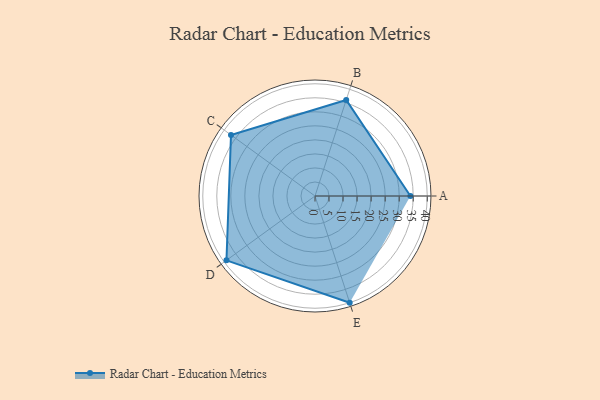
{"axis": {"x": "Skill", "y": "Score"}, "legend": ["Profile"], "data": [{"x": "A", "y": 34.0, "type": "Profile"}, {"x": "B", "y": 36.0, "type": "Profile"}, {"x": "C", "y": 37.0, "type": "Profile"}, {"x": "D", "y": 39.0, "type": "Profile"}, {"x": "E", "y": 40.0, "type": "Profile"}]}